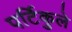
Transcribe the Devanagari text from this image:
पर्टिकुले